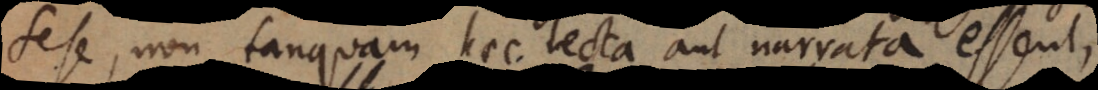
sese, non tanquam haec lecta aut narrata essent,